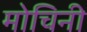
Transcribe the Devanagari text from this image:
मोचिनी